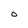
Character: O